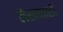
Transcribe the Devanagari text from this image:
लेखकाशी